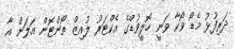
ދަރިފުޅު މެޑޯ ވޯކާ ވަނީ ހޮލީވުޑްގެ އެކްޓަރު ލުއިޒް ތޯންޓޮން އަލަން އާ